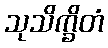
သုသိက္ခိတံ